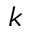
k